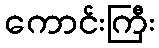
ကောင်းကြီး